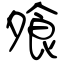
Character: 飧